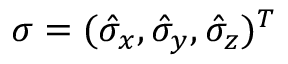
\boldsymbol { \sigma } = ( \hat { \sigma } _ { x } , \hat { \sigma } _ { y } , \hat { \sigma } _ { z } ) ^ { T }